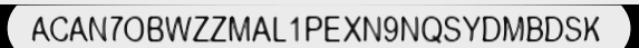
ACAN7OBWZZMAL1PEXN9NQSYDMBDSK